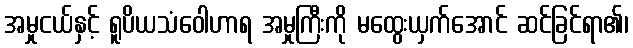
အမှုငယ်နှင့် ရူပိယသံဝေါဟာရ အမှုကြီးကို မထွေးယှက်အောင် ဆင်ခြင်ရာ၏၊